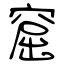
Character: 窟